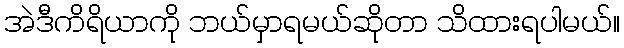
အဲဒီကိရိယာကို ဘယ်မှာရမယ်ဆိုတာ သိထားရပါမယ်။